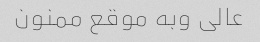
عالی وبه موقع ممنون